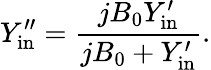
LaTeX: Y_{\mathrm{in}}^{\prime\prime}=\frac{jB_{0}Y_{\mathrm{in}}^{\prime}}{jB_{0}+Y_{\mathrm{in}}^{\prime}}.